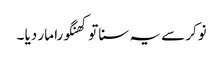
نوکر سے یہ سنا تو کھنگورا مار دیا ۔